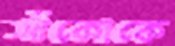
সাঁকোকে